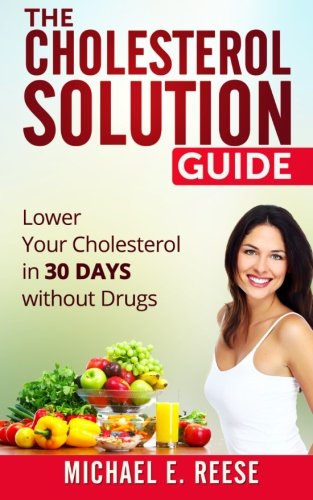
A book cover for The Cholesterol Solution Guide: Lower Your Cholesterol in 30 Days Without Drugs; Michael E. Reese; Health, Fitness & Dieting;